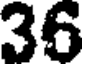
36